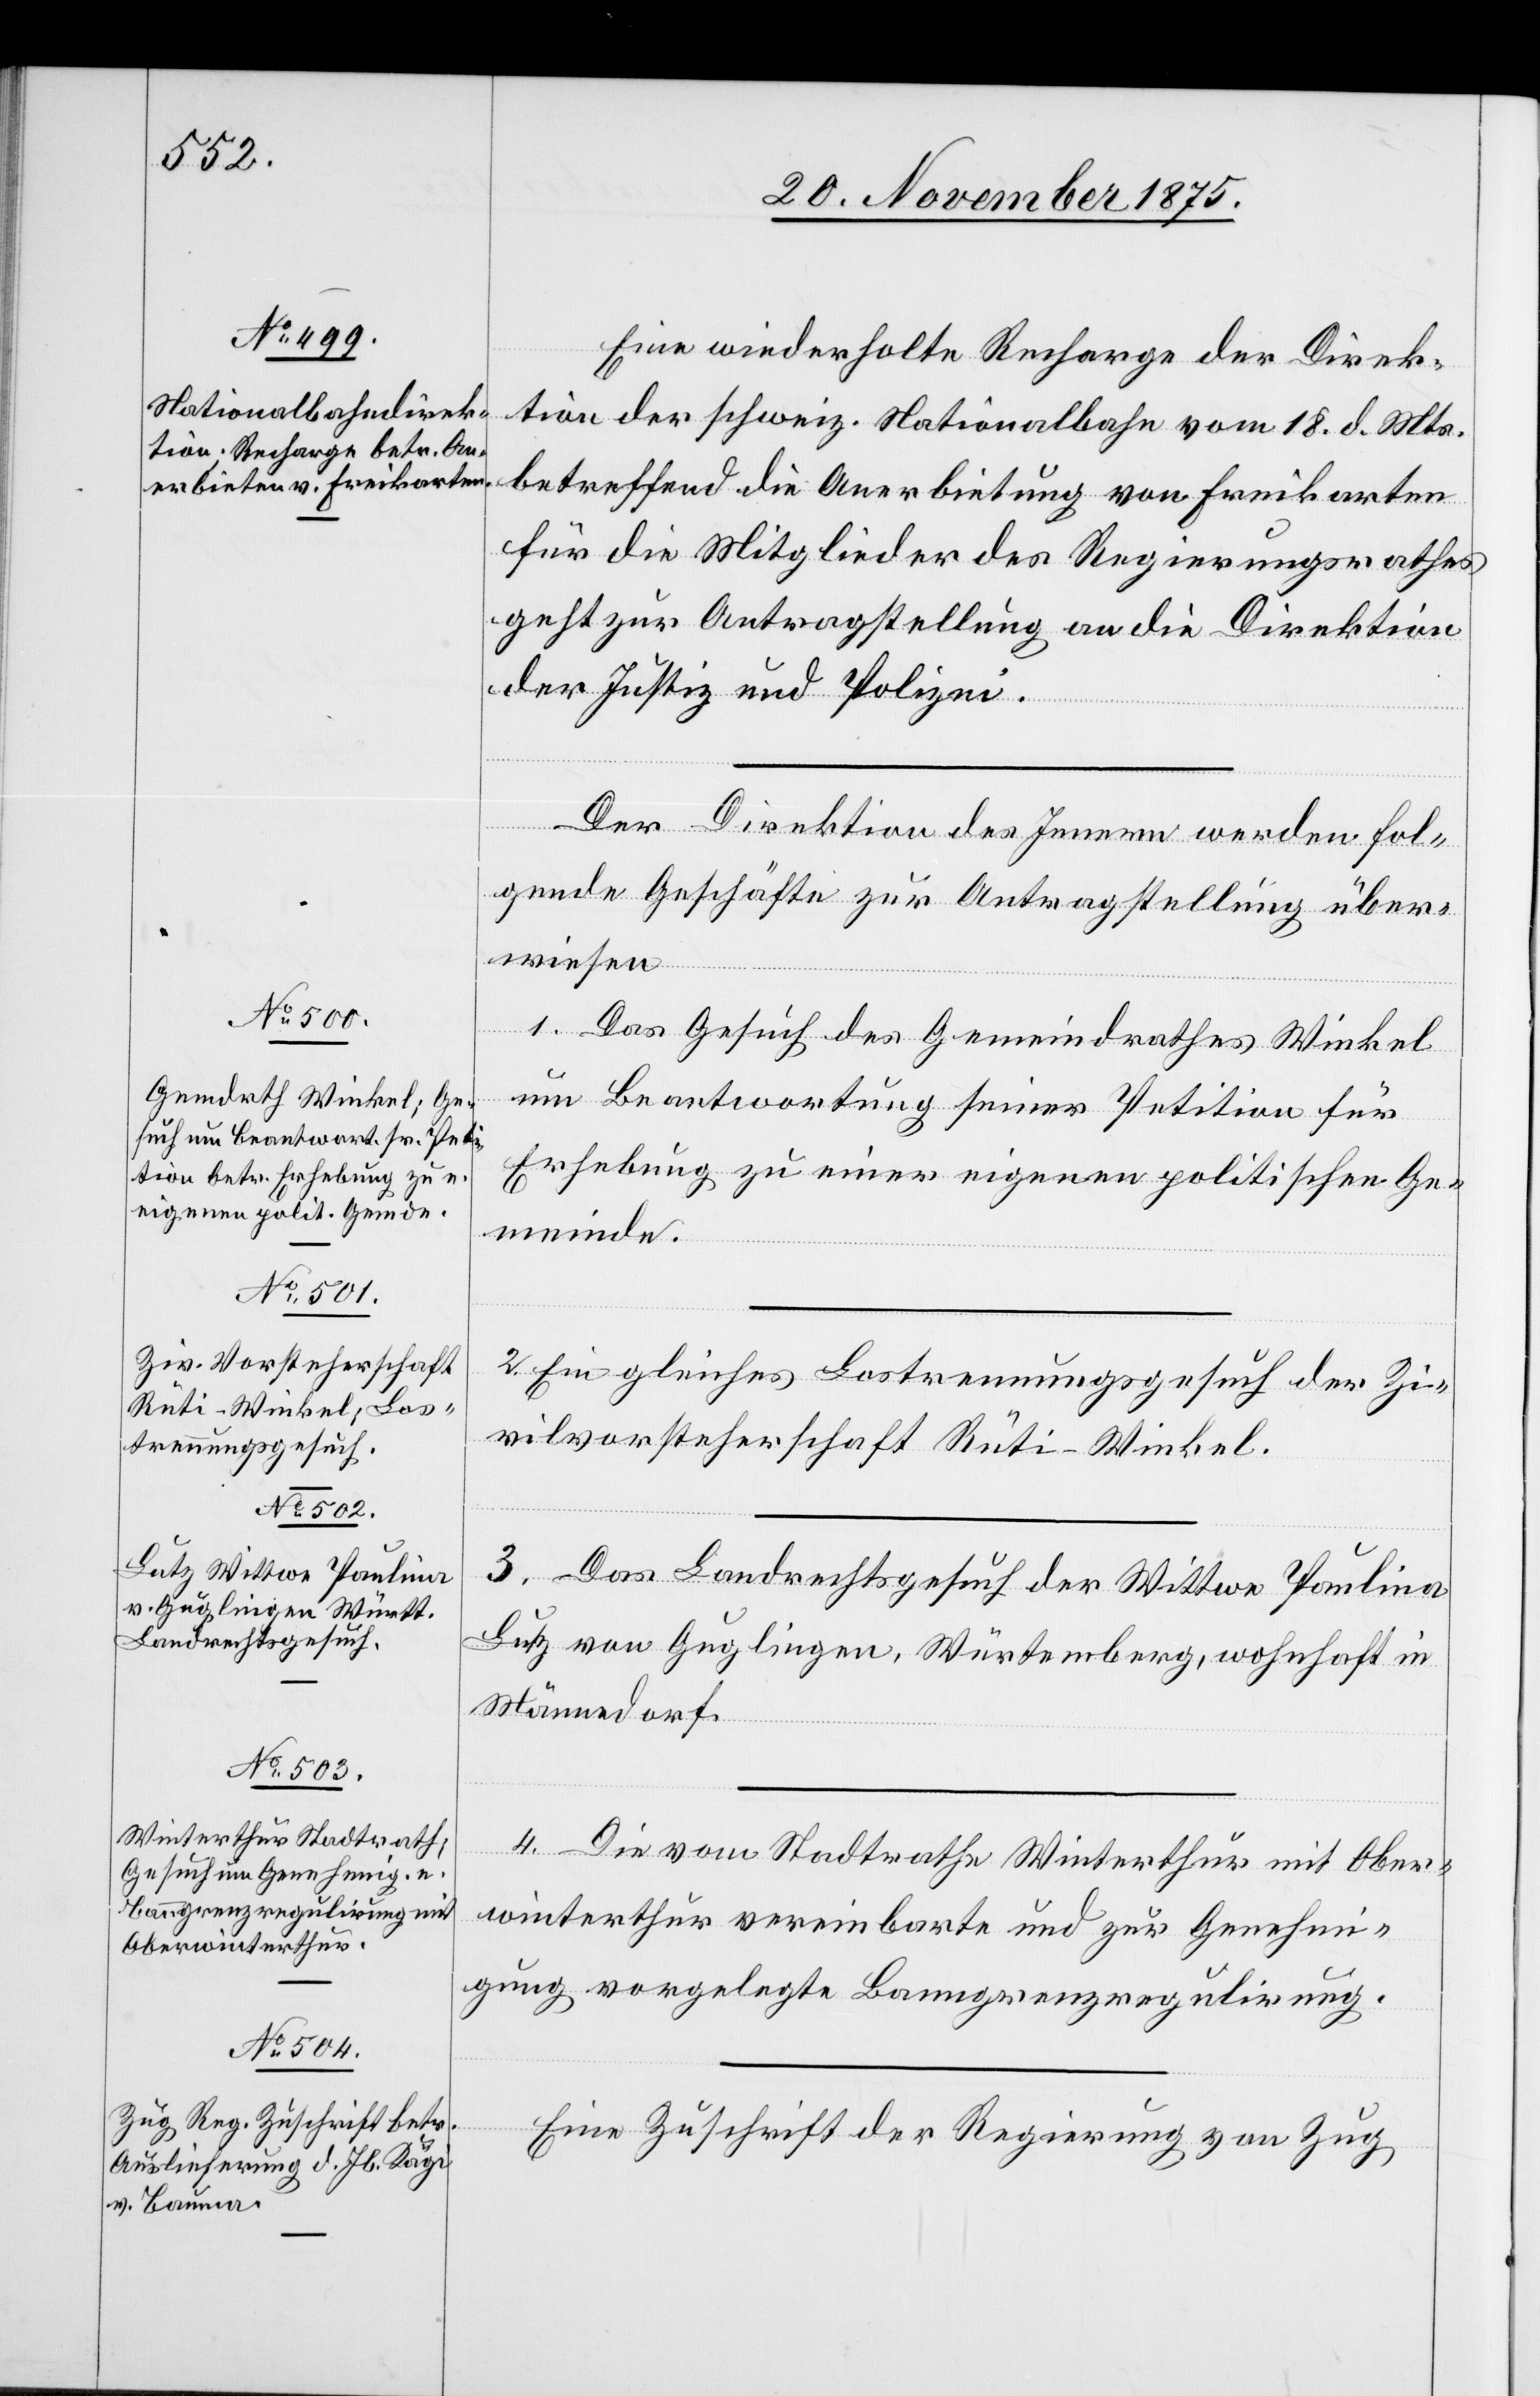
22. November 1875.]
Eine wiederholte Recharge der Direk¬
tion der schweiz. Nationalbahn vom 18. d. Mts.
betreffend die Anerbietung von Freikarten
für die Mitglieder des Regierungsrathes
geht zur Antragstellung an die Direktion
der Justiz und Polizei.
Der Direktion des Innern werden fol¬
gende Geschäfte zur Antragstellung über¬
wiesen[:]
1. Das Gesuch des Gemeindrathes Winkel
um Beantwortung seiner Petition für
Erhebung zu einer eigenen politischen Ge¬
meinde.
2. Ein gleiches Lostrennungsgesuch der Zi¬
vilvorsteherschaft Rüti-Winkel.
3. Das Landrechtsgesuch der Wittwe Paulina
Lutz von Guglingen, Wür[t]temberg, wohnhaft in
Männedorf.
4. Die vom Stadtrathe Winterthur mit Ober¬
winterthur vereinbarte und zur Genehmi¬
gung vorgelegte Banngrenzregulirung.
Eine Zuschrift der Regierung von Zug